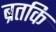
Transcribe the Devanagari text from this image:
ब्रतकि